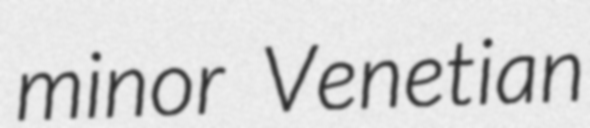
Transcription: minor Venetian